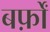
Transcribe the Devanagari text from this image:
बर्फ़ों